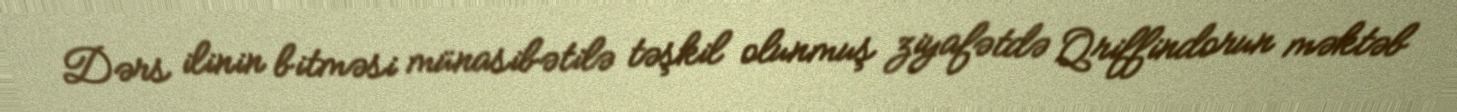
Dərs ilinin bitməsi münasibətilə təşkil olunmuş ziyafətdə Qriffindorun məktəb